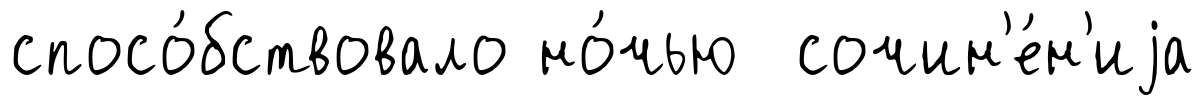
спосо́бствовало но́чью сочин'е́н'иjа